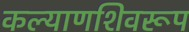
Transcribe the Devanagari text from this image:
कल्याणशिवरूप